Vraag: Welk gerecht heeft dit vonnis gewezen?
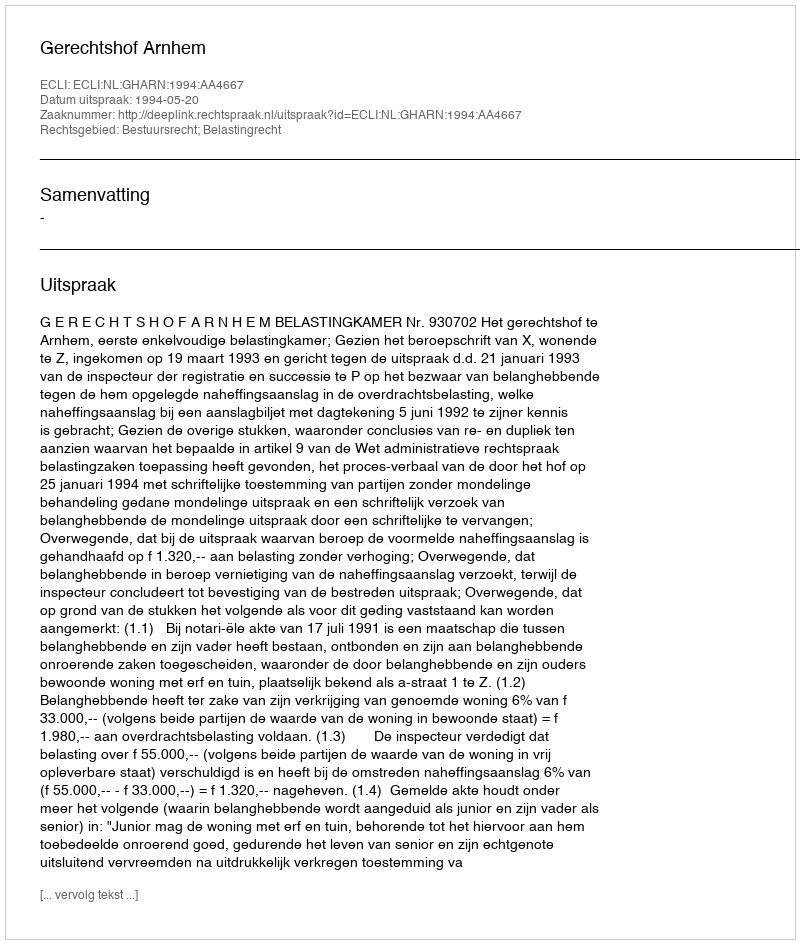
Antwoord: Gerechtshof Arnhem